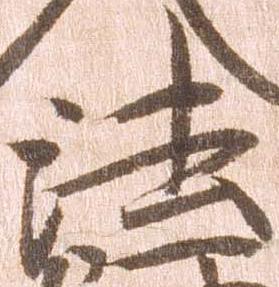
法